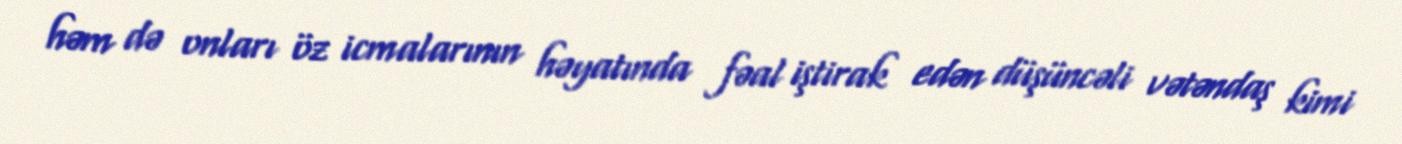
həm də onları öz icmalarının həyatında fəal iştirak edən düşüncəli vətəndaş kimi